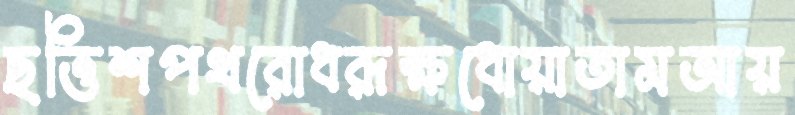
ছত্তিশপথরোধরূক্ষধোয়াতামআয়